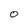
Character: o